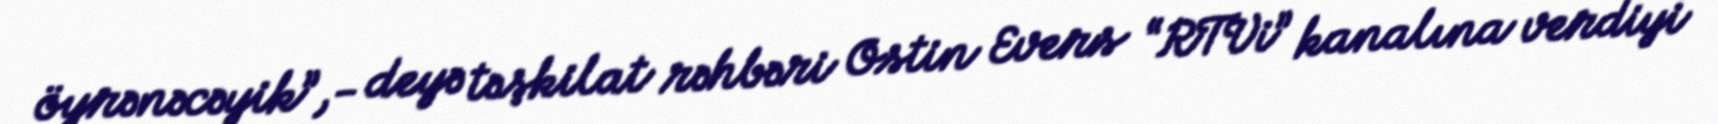
öyrənəcəyik”,- deyə təşkilat rəhbəri Ostin Evers “RTVi” kanalına verdiyi